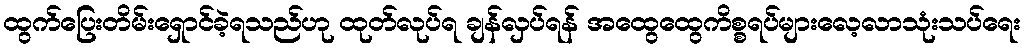
ထွက်ပြေးတိမ်းရှောင်ခဲ့ရသည်ဟု ထုတ်လုပ်ရ ချန်လှပ်ရန် အထွေထွေကိစ္စရပ်များလေ့လာသုံးသပ်ရေး